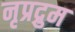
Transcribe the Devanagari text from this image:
नृप्रद्रुम